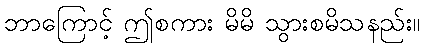
ဘာကြောင့် ဤစကား မိမိ သွားစမိသနည်း။